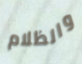
والظلام